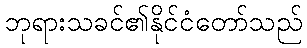
ဘုရားသခင်၏နိုင်ငံတော်သည်